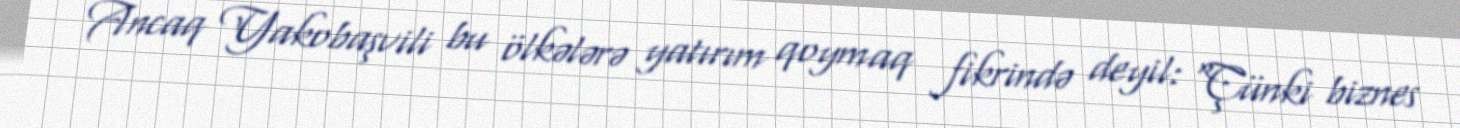
Ancaq Yakobaşvili bu ölkələrə yatırım qoymaq fikrində deyil: “Çünki biznes